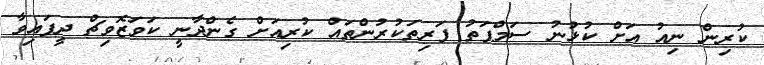
ކުރިން ނިއު އަށް ކުޅުނު ސަމްޕަތު ފަރިތަކުރުންތައް ކުރިއަށް ގެންދާނީ ކަވަޒޮވިޗް ދީފައިވާ